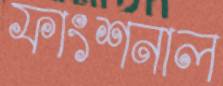
ফাংশনাল